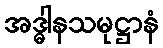
အဒ္ဓါနသမုဋ္ဌာနံ